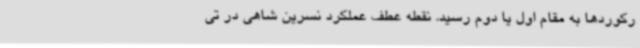
رکوردها به مقام اول یا دوم رسید. نقطه عطف عملکرد نسرین شاهی در تی